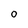
Character: O